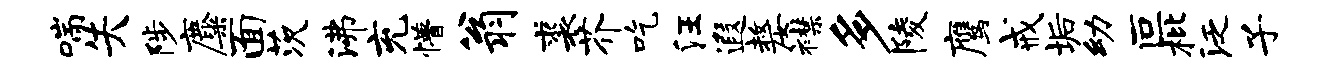
喘失陟麋面茨沸充懵翁裘芥吃汪遐嫠襟多陵鹰戒垢幼叵枇泛子